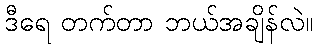
ဒီရေ တက်တာ ဘယ်အချိန်လဲ။